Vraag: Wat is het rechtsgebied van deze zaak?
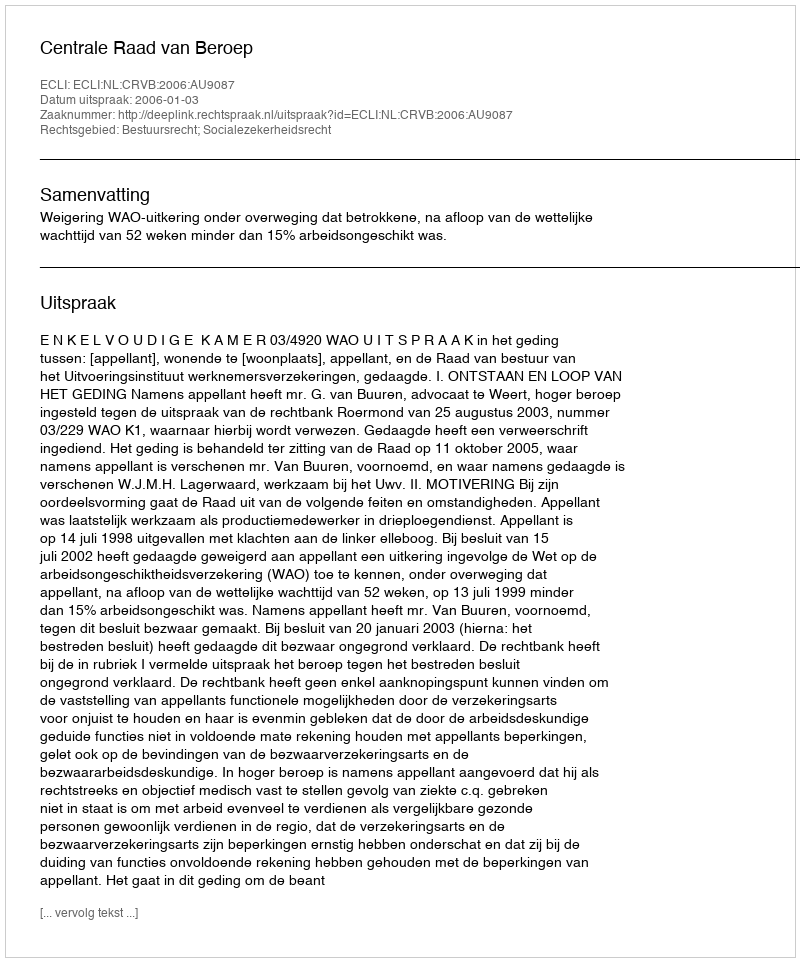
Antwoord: Bestuursrecht; Socialezekerheidsrecht